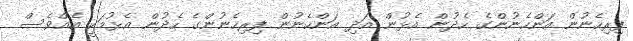
ފިރިހެނުން އަންހެނުންގެ ހެދުން އެޅުން އަދި އަންހެނުން ފިރިހެނުންގެ ހެދުން އެޅުމަކީ އެއްވެސް